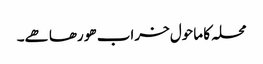
محلہ کا ماحول خراب ھو رھا ھے۔